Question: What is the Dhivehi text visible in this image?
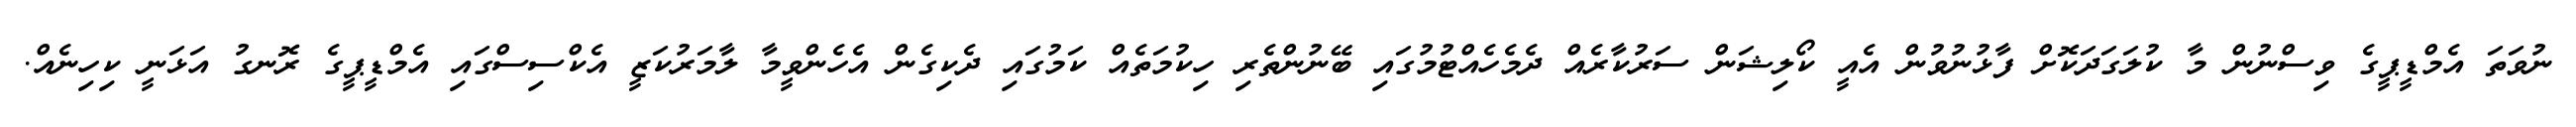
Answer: ނުވަތަ އެމްޑީޕީގެ ވިސްނުން މާ ކުލަގަދަކޮށް ފާޅުނުވުން އެއީ ކޯލިޝަން ސަރުކާރެއް ދެމެހެއްޓުމުގައި ބޭނުންތެރި ހިކުމަތެއް ކަމުގައި ދެކިގެން އެހެންވީމާ ލާމަރުކަޒީ އެކްސިސްގައި އެމްޑީޕީގެ ރޮނގު އަޅަނީ ކިހިނެއް.